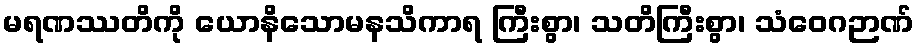
မရဏဿတိကို ယောနိသောမနသိကာရ ကြီးစွာ၊ သတိကြီးစွာ၊ သံဝေဂဉာဏ်